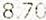
8.70